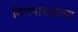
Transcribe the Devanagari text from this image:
बिनपावसाचा